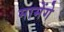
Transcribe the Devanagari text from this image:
मामेंगे